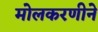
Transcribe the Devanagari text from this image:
मोलकरणीने